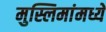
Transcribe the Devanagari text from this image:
मुस्लिमांमध्ये